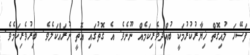
ފަސޭހަ ލުއިގޮތް ޚިޔާރުކުރުމަކީ ބުއްދިވެރިކަމެއް ނޫނެވެ. އެ ގޮތުގައި އޮތީ ނުރައްކަލެވެ. ބިރުވެރިކަމެވެ.